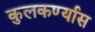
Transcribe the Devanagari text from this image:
कुलकर्ण्यास